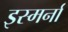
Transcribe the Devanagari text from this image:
इस्मर्ना